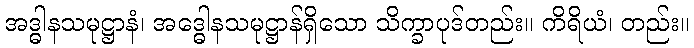
အဒ္ဓါနသမုဋ္ဌာနံ၊ အဒ္ဓေါနသမုဋ္ဌာန်ရှိသော သိက္ခာပုဒ်တည်း။ ကိရိယံ၊ တည်း။